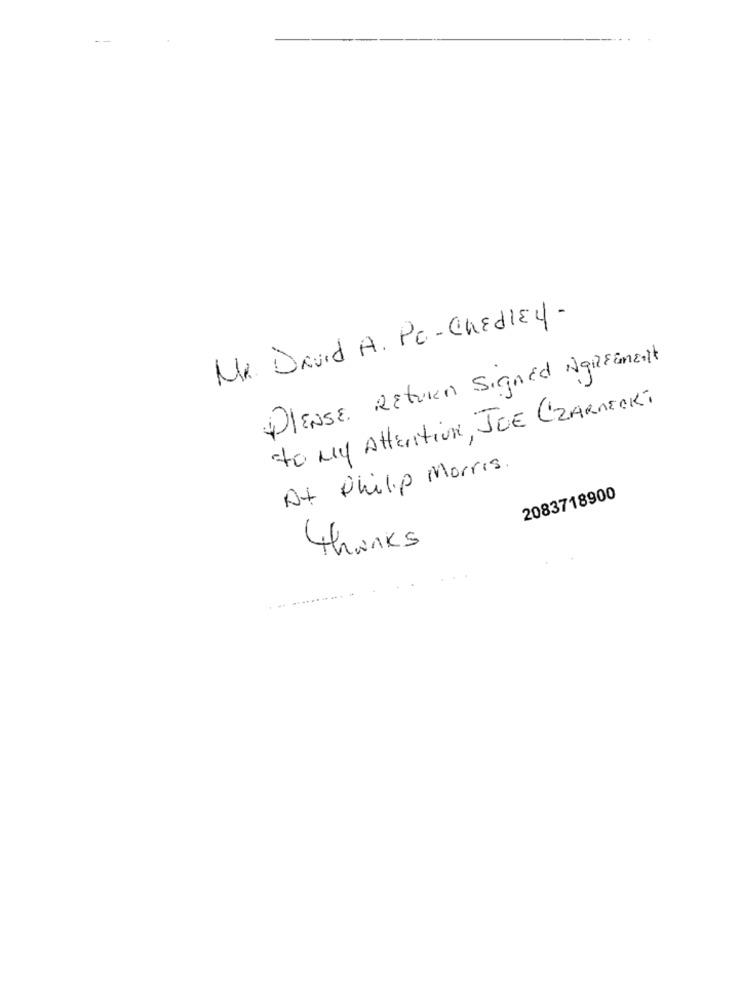
MR. David A. Po-ChEdley-
PIENSE Return Signed NgifEmelt
to My Attention, JOE CZARNECK:
At Philip Morris
2083718900
thanks